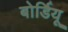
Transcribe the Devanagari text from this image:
बोर्डियू